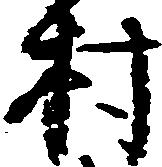
村